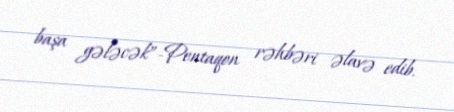
başa gələcək”-Pentaqon rəhbəri əlavə edib.